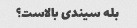
بله سیندی بالاست؟